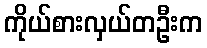
ကိုယ်စားလှယ်တဦးက